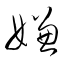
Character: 嫌